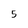
Character: 5